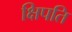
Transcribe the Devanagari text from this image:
क्षिपति